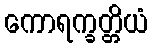
ကောရက္ခတ္တိယံ